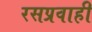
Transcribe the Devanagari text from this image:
रसप्रवाही